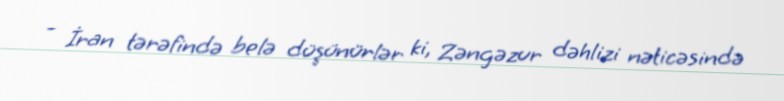
- İran tərəfində belə düşünürlər ki, Zəngəzur dəhlizi nəticəsində